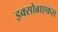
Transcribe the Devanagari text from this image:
इक्सोब्राएकस